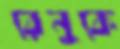
রেনুকে